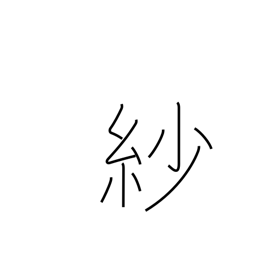
Meaning: gossamer